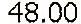
48.00